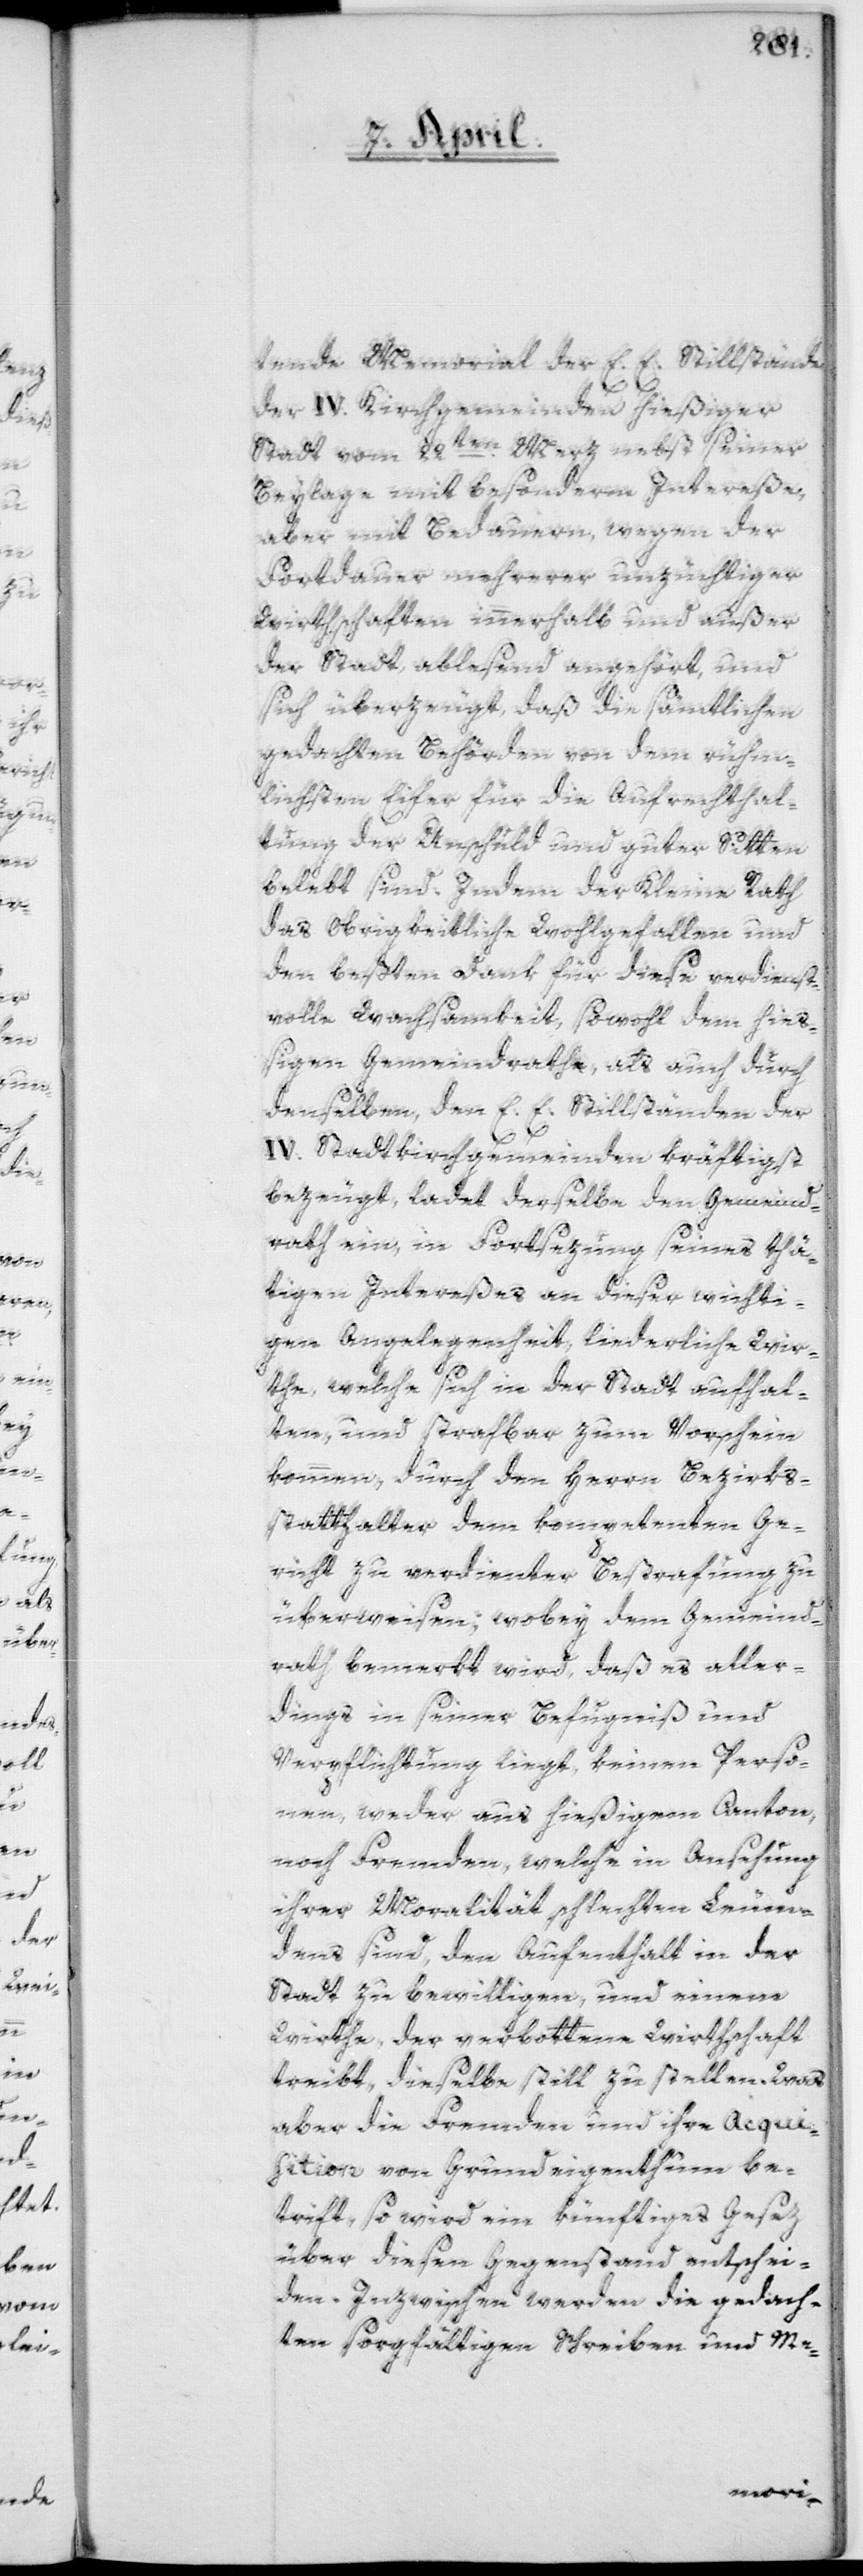
tende Memorial der E .E. Stillstände
der IV. Kirchgemeinden hießiger
Stadt vom 22ten Merz nebst seiner
Beylage mit besonderm Intereße,
aber mit Bedauern, wegen der
Fortdauer mehrerer unzüchtigen
Wirthschaften innerhalb und außer
der Stadt, ablesend angehört, und
sich überzeugt, daß die sämtlichen
gedachten Behörden von dem rühm¬
lichsten Eifer für die Aufrechthal¬
tung der Unschuld und guter Sitten
belebt sind. Indem der Kleine Rath
das obrigkeitliche Wohlgefallen und
den beßten Dank für diese verdienst¬
volle Wachsamkeit, sowohl dem hie¬
ßigen Gemeindrathe, als auch durch
denselben, den E. E. Stillständen der
IV. Stadtkirchgemeinden kräftigst
bezeugt, ladet derselbe den Gemeind¬
rath ein, in Fortsezung seines thä¬
tigen Intereßes an dieser wichti¬
gen Angelegenheit, liederliche Wir¬
the, welche sich in der Stadt aufhal¬
ten, und strafbar zum Vorschein
kommen, durch den Herrn Bezirks¬
statthalter dem kompetenten Ge¬
richt zu verdienter Bestrafung zu
überweisen, wobey dem Gemeind¬
rath bemerkt wird, daß es aller¬
dings in seiner Befugniß und
Verpflichtung liegt, keinen Perso¬
nen, weder aus hießigem Canton,
noch Fremden, welche in Ansehung
ihrer Moralität schlechten Leum¬
dens sind, den Aufenthalt in der
Stadt zu bewilligen, und einem
Wirthe, der verbottene Wirthschaft
treibt, dieselbe still zu stellen. Was
aber die Fremden und ihre Acqui¬
sition von Grundeigenthum be¬
trifft, so wird ein künftiges Gesez
über diesen Gegenstand entschei¬
den. Inzwischen werden die gedach¬
ten sorgfältigen Schreiben und Me-